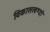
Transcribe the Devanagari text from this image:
विकासखण्डो